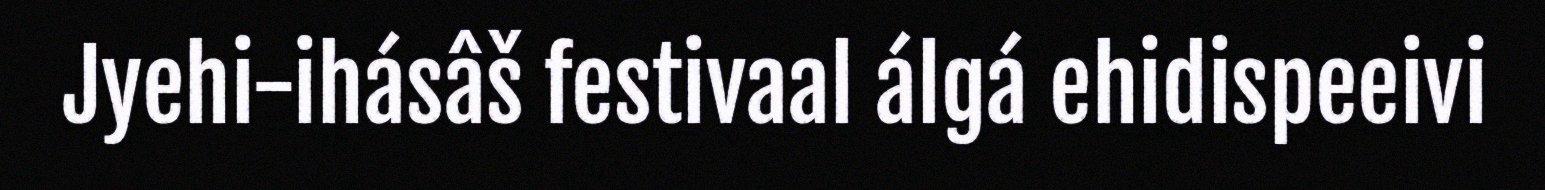
Jyehi-ihásâš festivaal álgá ehidispeeivi